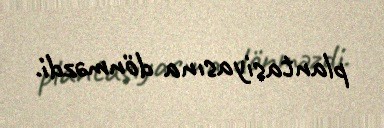
plantasiyasına dönməzdi.